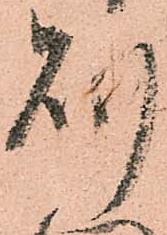
則